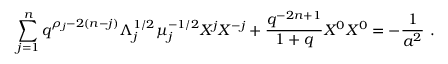
\sum _ { j = 1 } ^ { n } q ^ { \rho _ { j } - 2 ( n - j ) } \Lambda _ { j } ^ { 1 / 2 } \mu _ { j } ^ { - 1 / 2 } { \cal X } ^ { j } { \cal X } ^ { - j } + \frac { q ^ { - 2 n + 1 } } { 1 + q } { \cal X } ^ { 0 } { \cal X } ^ { 0 } = - \frac { 1 } { a ^ { 2 } } ~ .